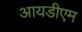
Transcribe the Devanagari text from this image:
आयडीएम